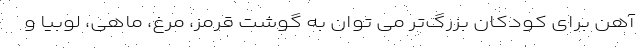
آهن برای کودکان بزرگ‌تر می توان به گوشت قرمز، مرغ، ماهی، لوبیا و